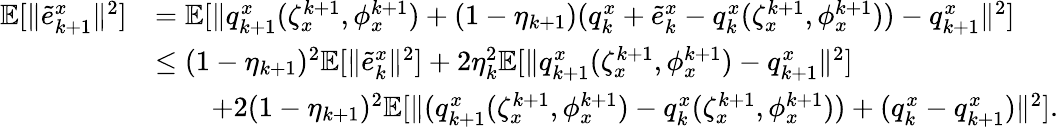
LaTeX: \begin{array}{rl}{\mathbb{E}[\| \tilde{e}_{k+1}^{x}\| ^{2}]}&{=\mathbb{E}[\| q_{k+1}^{x}(\zeta_{x}^{k+1},\phi_{x}^{k+1})+(1-\eta_{k+1})(q_{k}^{x}+\tilde{e}_{k}^{x}-q_{k}^{x}(\zeta_{x}^{k+1},\phi_{x}^{k+1}))-q_{k+1}^{x}\| ^{2}]}\\ &{\le(1-\eta_{k+1})^{2}\mathbb{E}[\| \tilde{e}_{k}^{x}\| ^{2}]+2\eta_{k}^{2}\mathbb{E}[\| q_{k+1}^{x}(\zeta_{x}^{k+1},\phi_{x}^{k+1})-q_{k+1}^{x}\| ^{2}]}\\ &{\qquad+2(1-\eta_{k+1})^{2}\mathbb{E}[\| (q_{k+1}^{x}(\zeta_{x}^{k+1},\phi_{x}^{k+1})-q_{k}^{x}(\zeta_{x}^{k+1},\phi_{x}^{k+1}))+(q_{k}^{x}-q_{k+1}^{x})\| ^{2}].}\end{array}